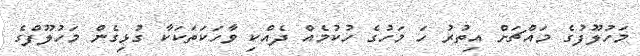
މަހުލޫފުގެ މައްޗަށް އިތުރު ހަ މަހުގެ ހުކުމެއް ދެއްކި ވާހަކަތަކަކާ ގުޅިގެން މަހުލޫފްގެ